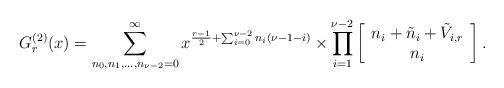
LaTeX: \begin{align*}G_r^{(2)}(x)=\sum^{\infty}_{n_0,n_1,\ldots,n_{\nu-2}=0} x^{\frac{r-1}{2}+\sum_{i=0}^{\nu-2}n_i(\nu-1-i)}\times\prod_{i=1}^{\nu-2}\left[\begin{array}{c}n_i+\tilde{n}_i+\tilde{V}_{i,r} \\ n_i \end{array} \right] .\end{align*}